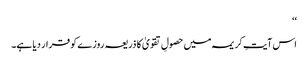
‘‘
اس آیتِ کریمہ میں حصولِ تقویٰ کا ذریعہ روزے کو قرار دیا ہے۔